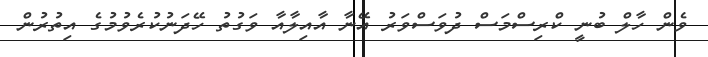
ވެން ހާލް ބުނީ ކްރިސްމަސް ދުވަސްވަރު އޭނާ އާއިލާއާ ވަގުތު ހޭދަނުކުރެވުމުގެ އިތުރުން